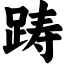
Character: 踌